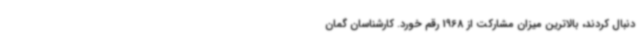
دنبال کردند، بالاترین میزان مشارکت از 1968 رقم خورد. کارشناسان گمان